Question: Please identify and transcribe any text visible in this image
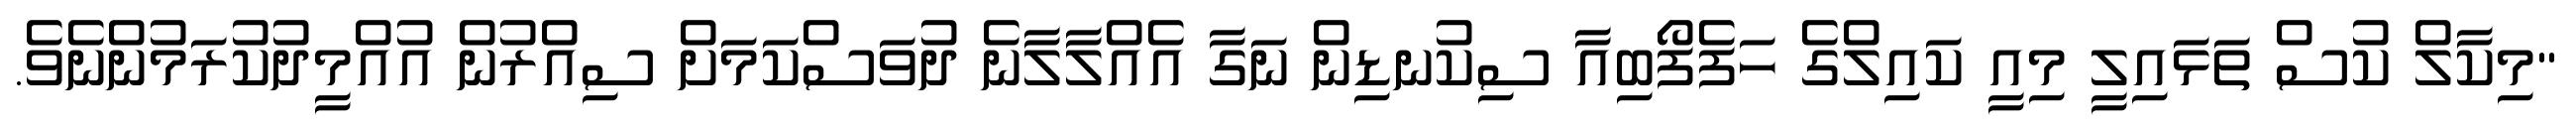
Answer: "މިކާލް ކުސް ތަޅައިލީ މިއީ ކައިލްގެ ހަފެފޯބިއާ ސިކުނޑިން ނަގާ އެއްލާލާނެ ދުވަސްކަމަށް ސިއްރުން އުއްމީދުކުރަމުންނެވެ.